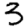
Digit: 3